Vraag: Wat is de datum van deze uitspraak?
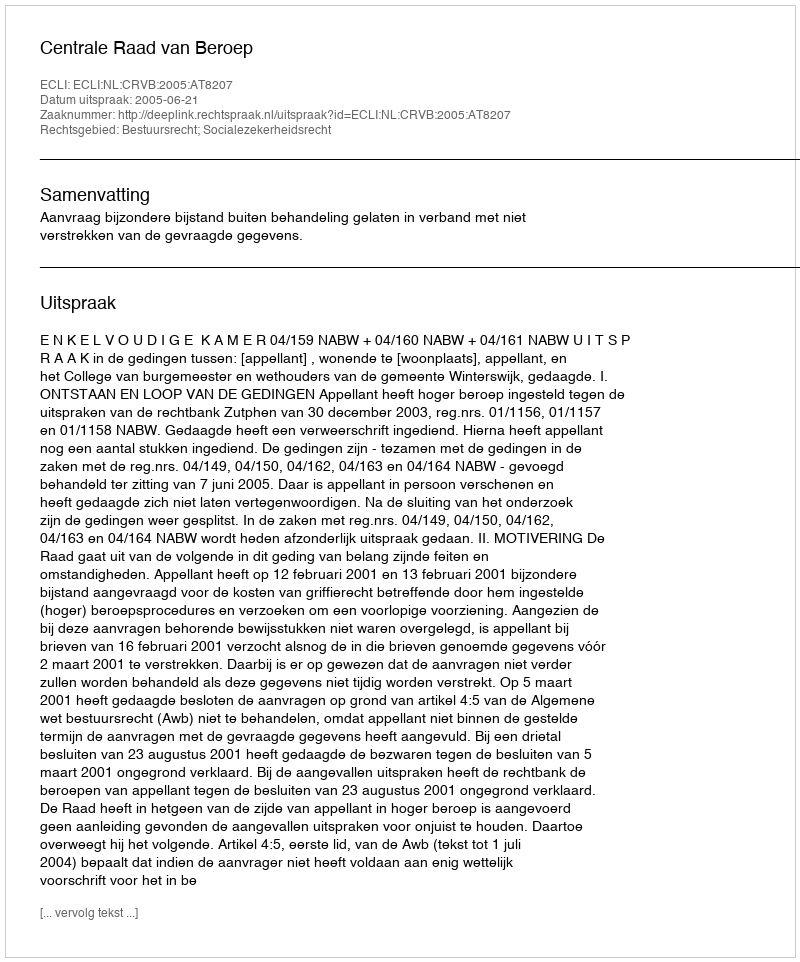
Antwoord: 2005-06-21